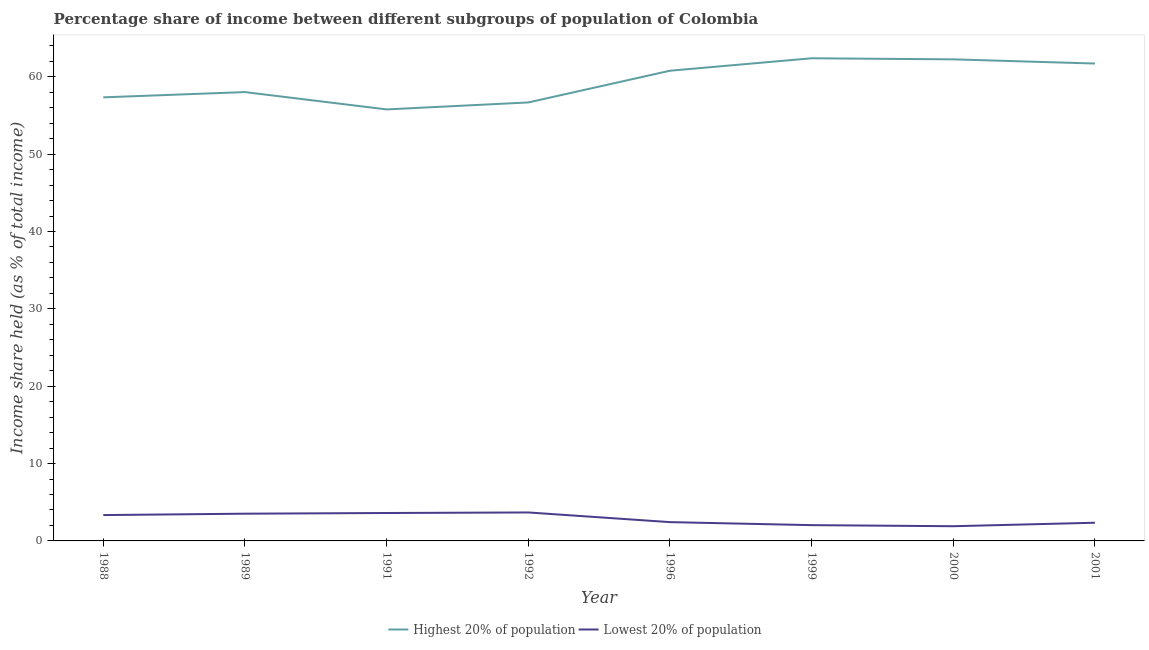
| Year | Highest 20% of population | Lowest 20% of population |
 | --- | --- | --- |
 | 1988 | 57.3 | 3.34 |
 | 1989 | 58 | 3.52 |
 | 1991 | 55.8 | 3.61 |
 | 1992 | 56.7 | 3.68 |
 | 1996 | 60.8 | 2.43 |
 | 1999 | 62.4 | 2.04 |
 | 2000 | 62.2 | 1.9 |
 | 2001 | 61.7 | 2.35 |